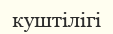
куштілігі